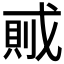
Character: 𰒭